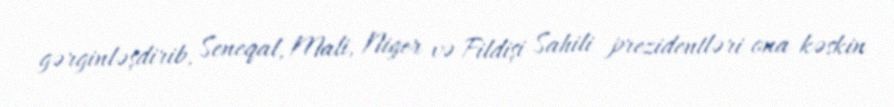
gərginləşdirib, Seneqal, Mali, Niger və Fildişi Sahili prezidentləri ona kəskin